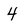
Character: 4